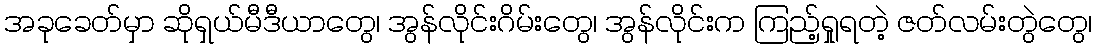
အခုခေတ်မှာ ဆိုရှယ်မီဒီယာတွေ၊ အွန်လိုင်းဂိမ်းတွေ၊ အွန်လိုင်းက ကြည့်ရှုရတဲ့ ဇတ်လမ်းတွဲတွေ၊